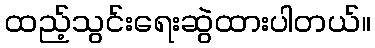
ထည့်သွင်းရေးဆွဲထားပါတယ်။